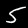
Label: 5